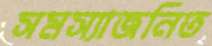
সমস্যাজনিত